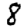
Digit: 8